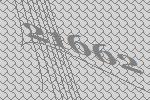
21662